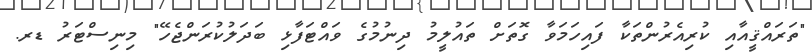
"ތަރައްޤީއާއި ކުރިއެރުންތަކާ ފައިހަމަވާ ގޮތަށް ތައުލީމު ދިނުމުގެ ވައްޓަފާޅި ބަދަލުކުރަންޖެހޭ" މިނިސްޓަރު ޑރ.